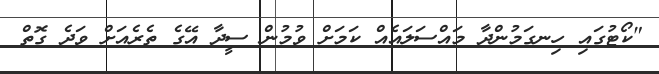
"ކޯޓުގައި ހިނގަމުންދާ މައްސަލައެއް ކަމަށް ވުމުން ސީދާ އޭގެ ތެރެއަށް ވަދެ ގޮތް